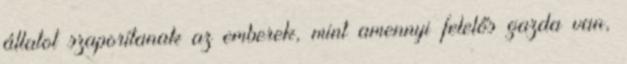
állatot szaporítanak az emberek, mint amennyi felelős gazda van,